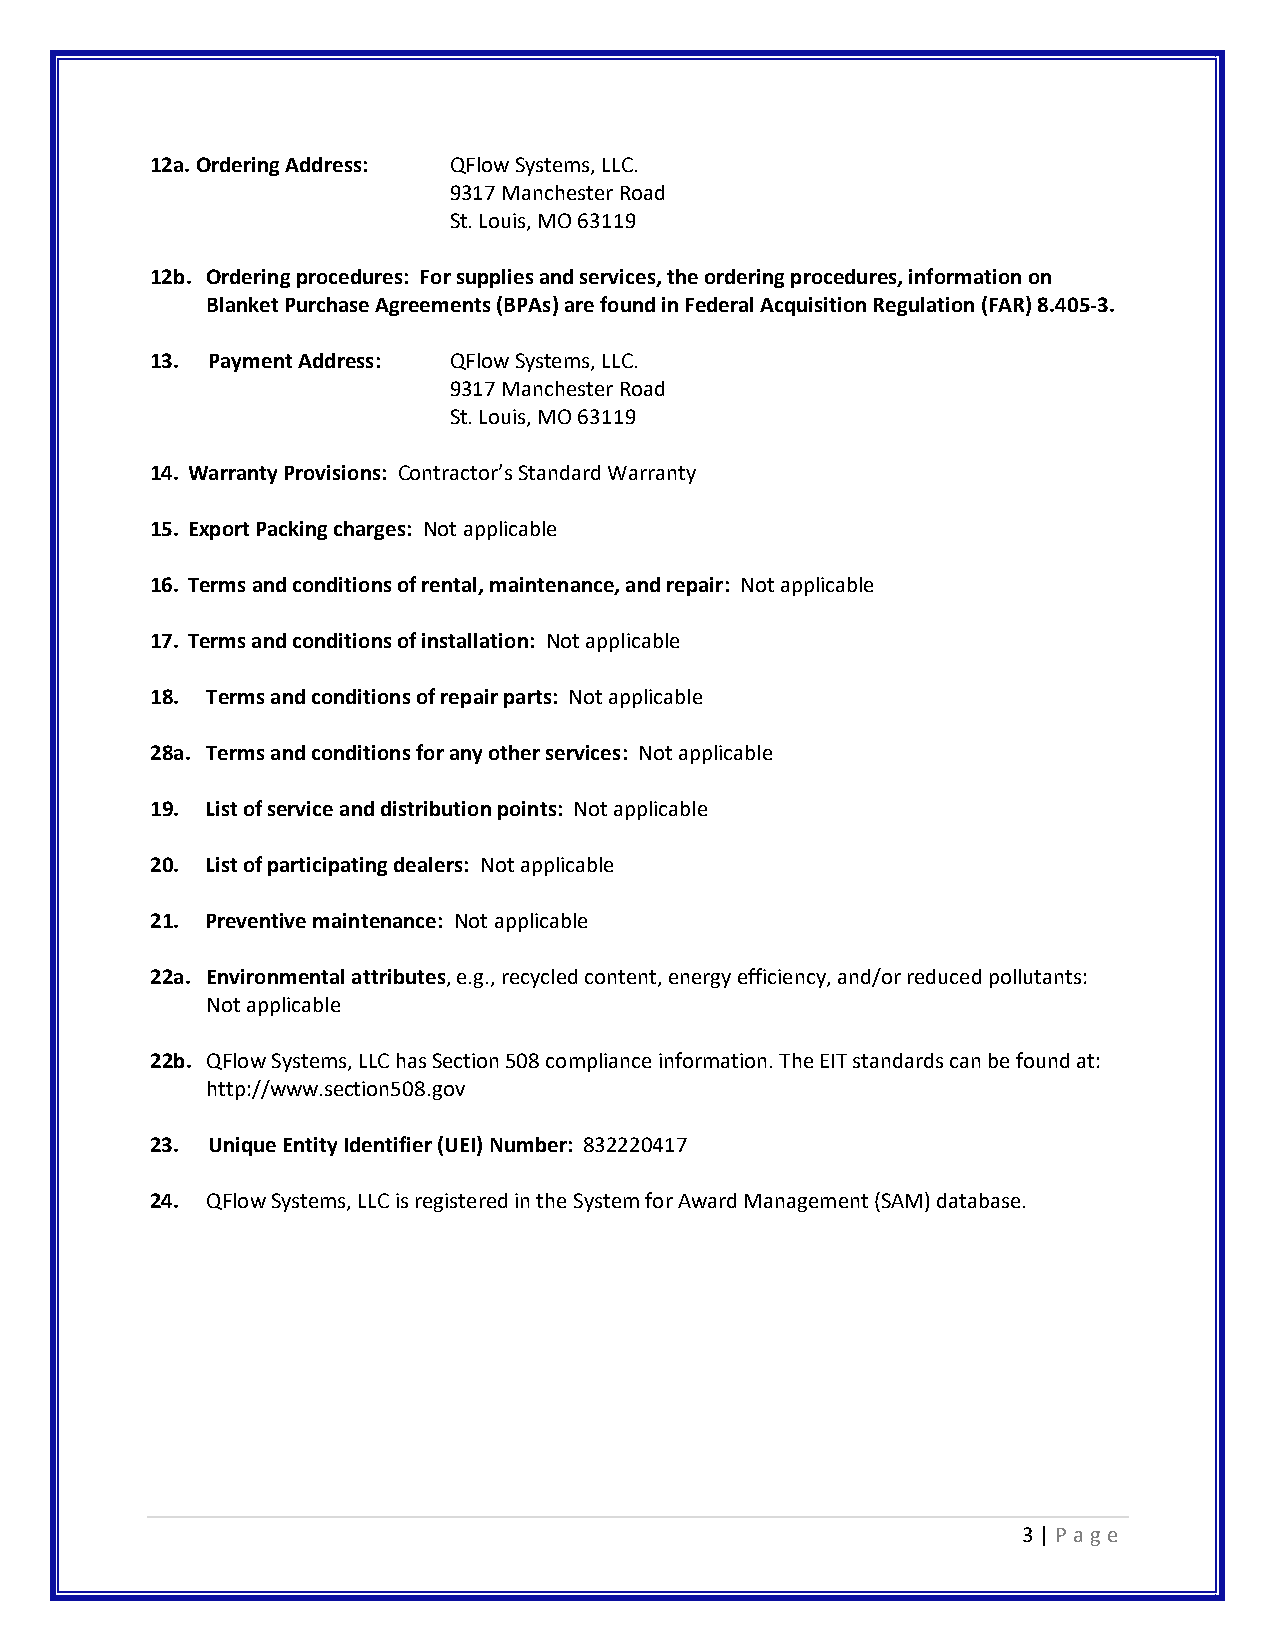
12a. Ordering Address: QFlow Systems, LLC.
 9317 Manchester Road
 St. Louis, MO 63119
 12b. Ordering procedures: For supplies and services, the ordering procedures, information on
 Blanket Purchase Agreements (BPAs) are found in Federal Acquisition Regulation (FAR) 8.405-3.
 13. Payment Address: QFlow Systems, LLC.
 9317 Manchester Road
 St. Louis, MO 63119
 14. Warranty Provisions: Contractor’s Standard Warranty
 15. Export Packing charges: Not applicable
 16. Terms and conditions of rental, maintenance, and repair: Not applicable
 17. Terms and conditions of installation: Not applicable
 18. Terms and conditions of repair parts: Not applicable
 28a. Terms and conditions for any other services: Not applicable
 19. List of service and distribution points: Not applicable
 20. List of participating dealers: Not applicable
 21. Preventive maintenance: Not applicable
 22a. Environmental attributes, e.g., recycled content, energy efficiency, and/or reduced pollutants:
 Not applicable
 22b. QFlow Systems, LLC has Section 508 compliance information. The EIT standards can be found at:
 http://www.section508.gov
 23. Unique Entity Identifier (UEI) Number: 832220417
 24. QFlow Systems, LLC is registered in the System for Award Management (SAM) database.
 3 | P a ge